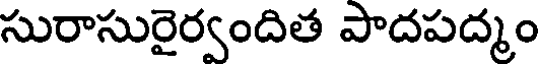
సురాసురైర్వందిత పాదపద్మం